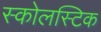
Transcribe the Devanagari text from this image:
स्कोलस्टिक